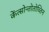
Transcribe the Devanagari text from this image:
केंत्सोन्तोतोच्तिन